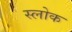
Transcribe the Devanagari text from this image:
स्लोक